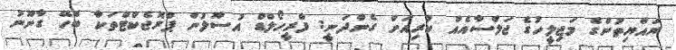
ރައްޔިތުންގެ މަޖިލީހުގެ ޖަލްސާއެއް ކުރިއަށް ގެންދަނީ: ފްރީހޯލްޑް އުސޫލުން ޕްރޮޖެކްޓްތަކާ ބެހޭ ގާނޫނު